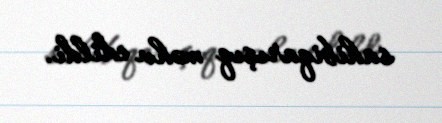
sahibiqarışıq məhv edildi.